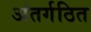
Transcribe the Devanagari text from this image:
अंतर्गठित